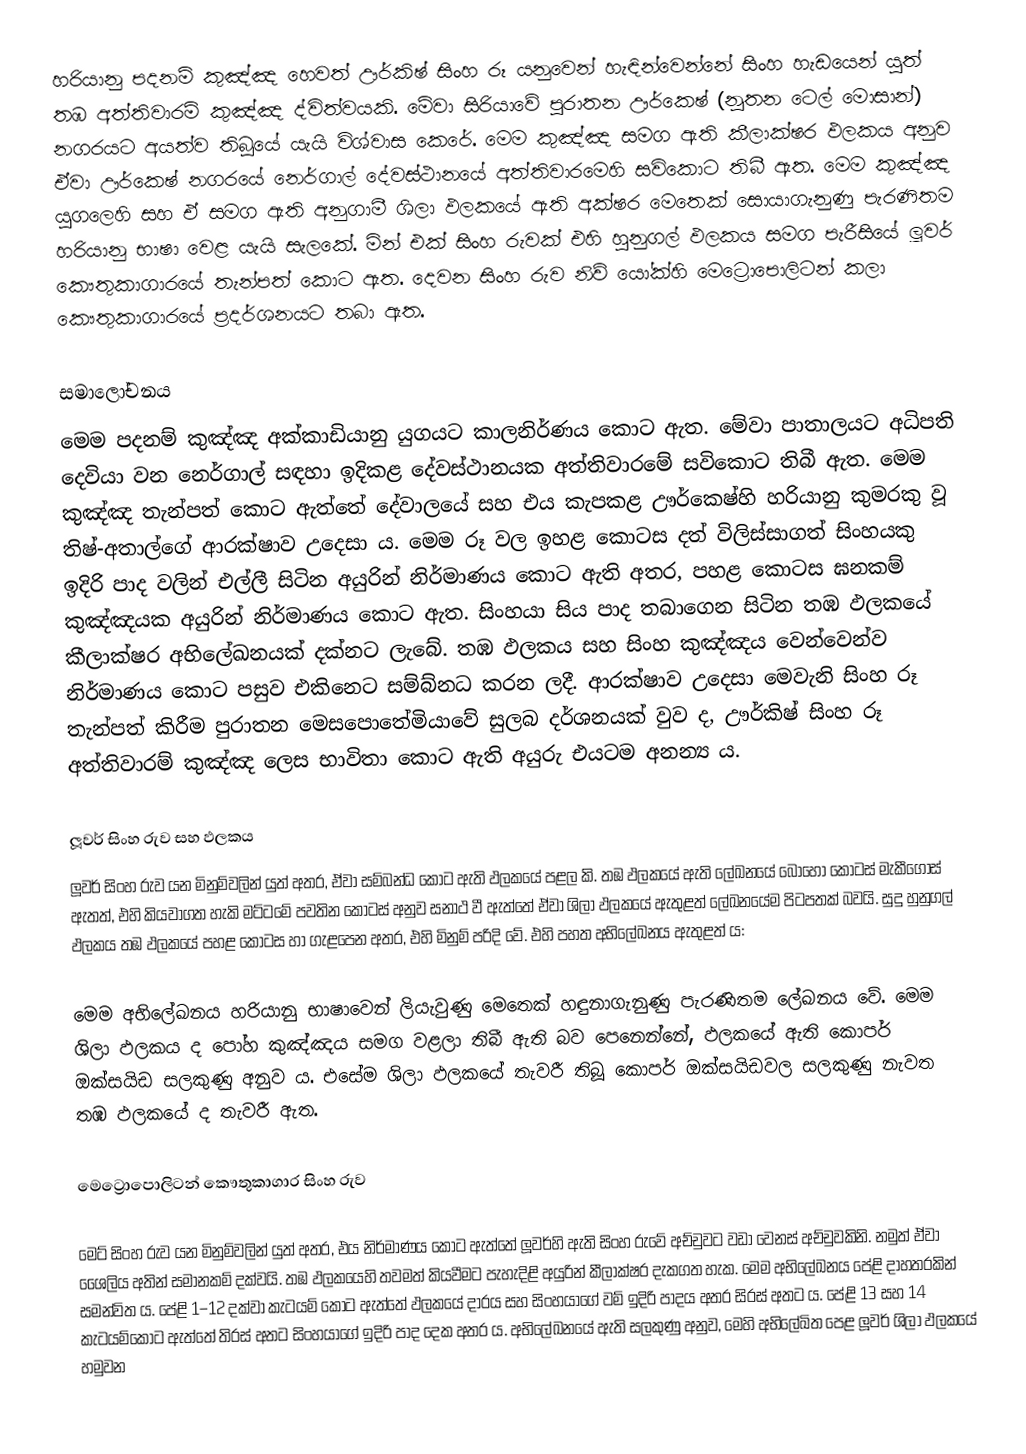
හරියානු පදනම් කුඤ්ඤ හෙවත් ඌර්කිෂ් සිංහ රූ යනුවෙන් හැඳින්වෙන්නේ සිංහ හැඩයෙන් යුත් තඹ අත්තිවාරම් කුඤ්ඤ ද්විත්වයකි. මේවා සිරියාවේ පුරාතන ඌර්කෙෂ් (නූතන ටෙල් මොසාන්) නගරයට අයත්ව තිබූයේ යැයි විශ්වාස කෙරේ. මෙම කුඤ්ඤ සමග ඇති කීලාක්ෂර ඵලකය අනුව ඒවා ඌර්කෙෂ් නගරයේ නෙර්ගාල් දේවස්ථානයේ අත්තිවාරමෙහි සවිකොට තිබී ඇත. මෙම කුඤ්ඤ යුගලෙහි සහ ඒ සමග ඇති අනුගාමී ශිලා ඵලකයේ ඇති අක්ෂර මෙතෙක් සොයාගැනුණු පැරණිතම හරියානු භාෂා වෙළ යැයි සැලකේ. මින් එක් සිංහ රුවක් එහි හුනුගල් ඵලකය සමග පැරීසියේ ලූවර් කෞතුකාගාරයේ තැන්පත් කොට ඇත. දෙවන සිංහ රුව නිව් යෝක්හි මෙට්‍රොපොලිටන් කලා කෞතුකාගාරයේ ප්‍රදර්ශනයට තබා ඇත.

සමාලෝචනය
මෙම පදනම් කුඤ්ඤ අක්කාඩියානු යුගයට  කාලනිර්ණය කොට ඇත. මේවා පාතාලයට අධිපති දෙවියා වන නෙර්ගාල් සඳහා ඉදිකළ දේවස්ථානයක අත්තිවාරමේ සවිකොට තිබී ඇත. මෙම කුඤ්ඤ තැන්පත් කොට ඇත්තේ දේවාලයේ සහ එය කැපකළ ඌර්කෙෂ්හි හරියානු කුමරකු වූ තිෂ්-අතාල්‍ගේ ආරක්ෂාව උදෙසා ය. මෙම රූ වල ඉහළ කොටස දත් විලිස්සාගත් සිංහයකු ඉදිරි පාද වලින් එල්ලී සිටින අයුරින් නිර්මාණය කොට ඇති අතර, පහළ කොටස ඝනකම් කුඤ්ඤයක අයුරින් නිර්මාණය කොට ඇත. සිංහයා සිය පාද තබාගෙන සිටින තඹ ඵලකයේ කීලාක්ෂර අභිලේඛනයක් දක්නට ලැබේ. තඹ ඵලකය සහ සිංහ කුඤ්ඤය වෙන්වෙන්ව නිර්මාණය කොට පසුව එකිනෙට සම්බ්නධ කරන ලදී. ආරක්ෂාව උදෙසා මෙවැනි සිංහ රූ තැන්පත් කිරීම පුරාතන මෙසපොතේමියාවේ සුලබ දර්ශනයක් වුව ද, ඌර්කිෂ් සිංහ රූ අත්තිවාරම් කුඤ්ඤ ලෙස භාවිතා කොට ඇති අයුරු එයටම අනන්‍ය ය.

ලූවර් සිංහ රුව සහ ඵලකය
ලූවර් සිංහ රුව  යන මිනුම්වලින් යුත් අතර, ඒවා සම්බන්ධ කොට ඇති ඵලකයේ පළල  කි. තඹ ඵලකයේ ඇති ලේඛනයේ බොහෝ කොටස් මැකීගොස් ඇතත්, එහි කියවාගත හැකි මට්ටමේ පවතින කොටස් අනුව සනාථ වී ඇත්තේ ඒවා ශිලා ඵලකයේ ඇතුළත් ලේඛනයේම පිටපතක් බවයි. සුදු හුනුගල් ඵලකය තඹ ඵලකයේ පහළ කොටස හා ගැළපෙන අතර, එහි මිනුම්  පරිදි වේ. එහි පහත අභිලේඛනය ඇතුළත් ය:

මෙම අභිලේඛනය හරියානු භාෂාවෙන් ලියැවුණු මෙතෙක් හඳුනාගැනුණු පැරණිතම ලේඛනය වේ. මෙම ශිලා ඵලකය ද පෝහ කුඤ්ඤය සමග වළලා තිබී ඇති බව පෙනෙන්නේ, ඵලකයේ ඇති කොපර් ඔක්සයිඩ සලකුණු අනුව ය. එසේම ශිලා ඵලකයේ තැවරී තිබූ කොපර් ඔක්සයිඩවල සලකුණු නැවත තඹ ඵලකයේ ද තැවරී ඇත.

මෙට්‍රොපොලිටන් කෞතුකාගාර සිංහ රුව

මෙට් සිංහ රුව  යන මිනුම්වලින් යුත් අතර, එය නිර්මාණය කොට ඇත්තේ ලූවර්හි ඇති සිංහ රුවේ අච්චුවට වඩා වෙනස් අච්චුවකිනි. නමුත් ඒවා ශෛලිය අතින් සමානකම් දක්වයි. තඹ ඵලකයෙහි තවමත් කියවීමට පැහැදිළි අයුරින් කීලාක්ෂර දැකගත හැක. මෙම අභිලේඛනය පේළි දාහතරකින් සමන්විත ය. පේළි 1–12 දක්වා කැටයම් කොට ඇත්තේ ඵලකයේ දාරය සහ සිංහයාගේ වම් ඉදිරි පාදය අතර සිරස් අතට ය. පේළි 13 සහ 14 කැටයම්‍කොට ඇත්තේ තිරස් අතට සිංහයාගේ ඉදිරි පාද දෙක අතර ය. අභිලේඛනයේ ඇති සලකුණු අනුව, මෙහි අභිලේඛිත පෙළ ලූවර් ශිලා ඵලකයේ හමුවන